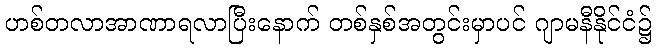
ဟစ်တလာအာဏာရလာပြီးနောက် တစ်နှစ်အတွင်းမှာပင် ဂျာမနီနိုင်ငံ၌